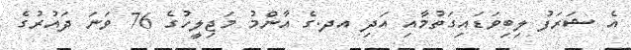
އެ ޝަރަފު ލިބިވަޑައިގަތުމާއި އަދި އދ.ގެ އާންމު މަޖިލީހުގެ 76 ވަނަ ދައުރުގެ